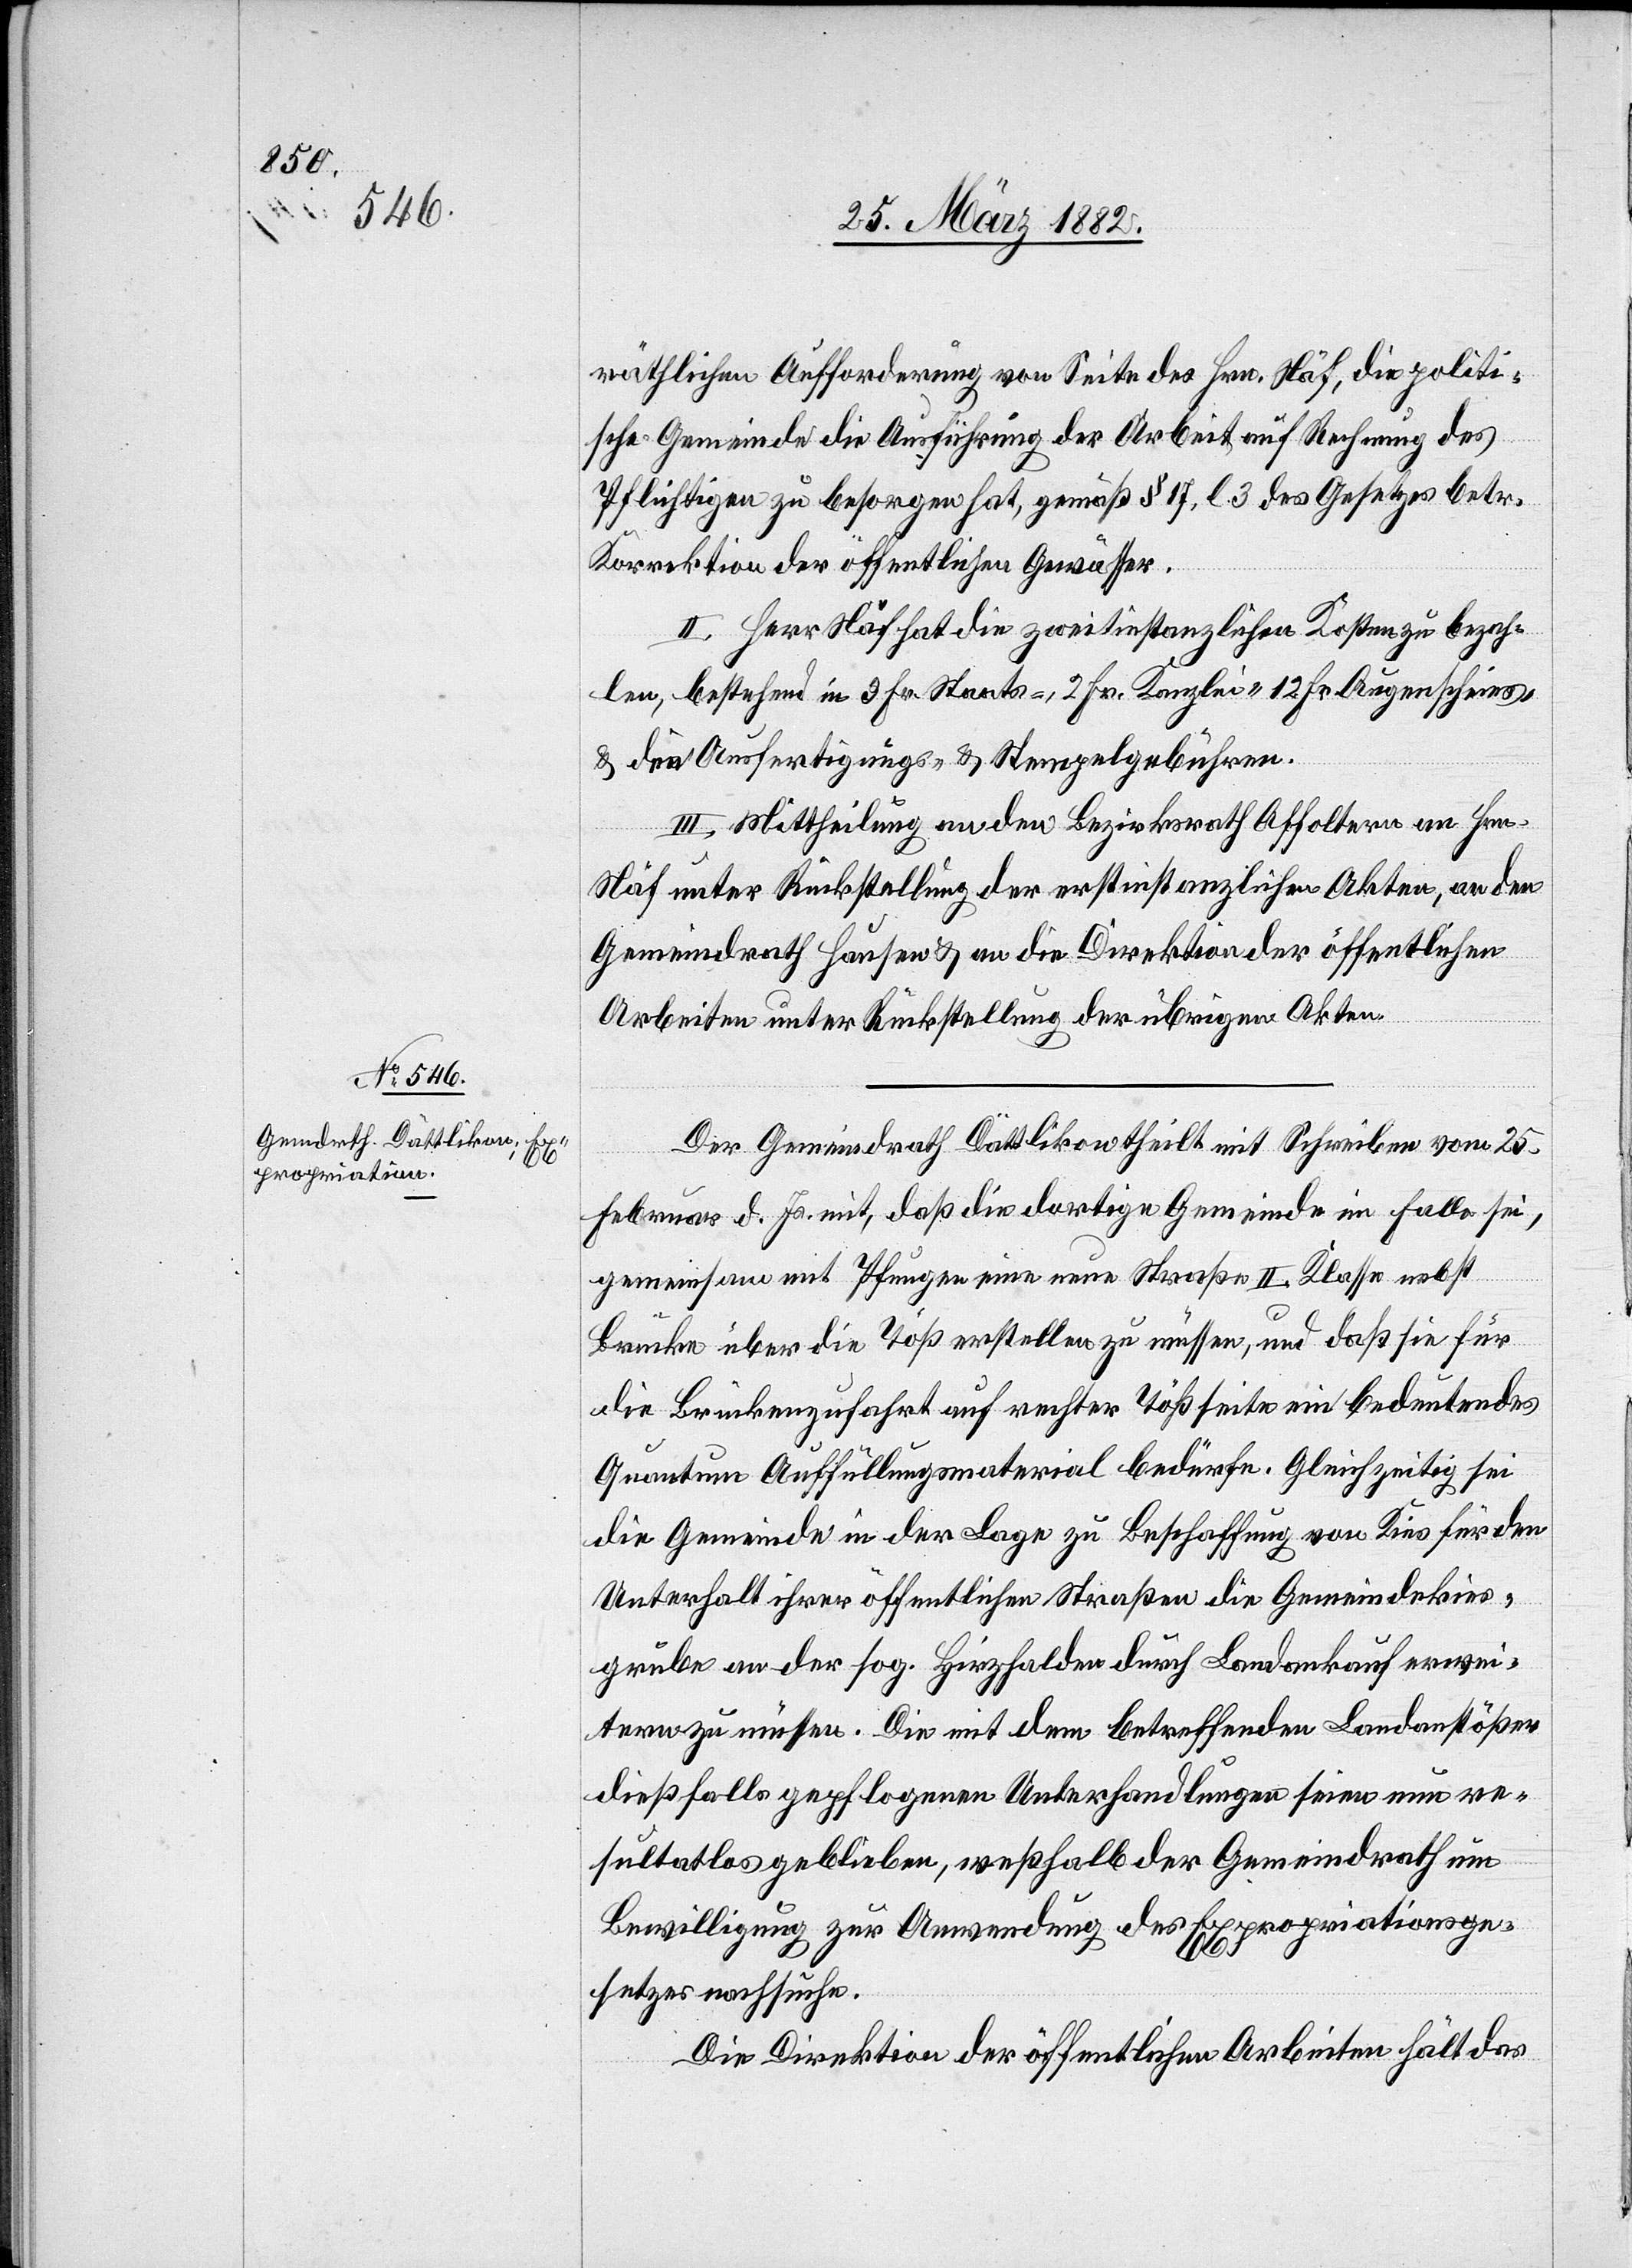
räthlichen Aufforderung von Seite des Hrn. Näf, die politi¬
sche Gemeinde die Ausführung der Arbeit, auf Rechnung des
Pflichtigen zu besorgen hat, gemäß § 17, l. 3 des Gesetzes betr.
Korrektion der öffentlichen Gewässer.
II. Herr Näf hat die zweitinstanzlichen Kosten zu bezah¬
len, bestehend in 3. Fr. Staats-, 2. Fr. Kanzlei- 12 Fr. Augenscheins-
& den Ausfertigungs- & Stempelgebühren.
III. Mittheilung an den Bezirksrath Affoltern an Hrn.
Näf unter Rückstellung der erstinstanzlichen Akten, an den
Gemeindrath Hausen & an die Direktion der öffentlichen
Arbeiten unter Rückstellung der übrigen Akten.
Der Gemeindrath Dättlikon theilt mit Schreiben vom 25.
Februar d. Js. mit, daß die dortige Gemeinde im Falle sei,
gemeinsam mit Pfungen eine neue Straße II. Klasse nebst
Brücke über die Töß erstellen zu müssen, und daß sie für
die Brückenzufahrt auf rechter Tößseite ein bedeutendes
Quantum Auffüllungsmaterial bedürfe. Gleichzeitig sei
die Gemeinde in der Lage zu Beschaffung von Kies für den
Unterhalt ihrer öffentlichen Straßen die Gemeindekies¬
grube an der sog. Hirzhalden durch Landankauf erwei¬
tern zu müssen. Die mit den betreffenden Landanstößern
diesfalls gepflogenen Unterhandlungen seinen neu re¬
sultatlos geblieben, weßhalb der Gemeindrath um
Bewilligung zur Anwendung des Expropriationsre¬
chtes nachsuche.
Die Direktion der öffentlichen Arbeiten hält das